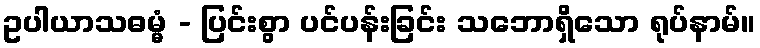
ဥပါယာသဓမ္မံ - ပြင်းစွာ ပင်ပန်းခြင်း သဘောရှိသော ရုပ်နာမ်။